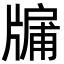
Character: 牖